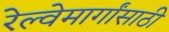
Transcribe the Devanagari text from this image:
रेल्वेमार्गांसाठी